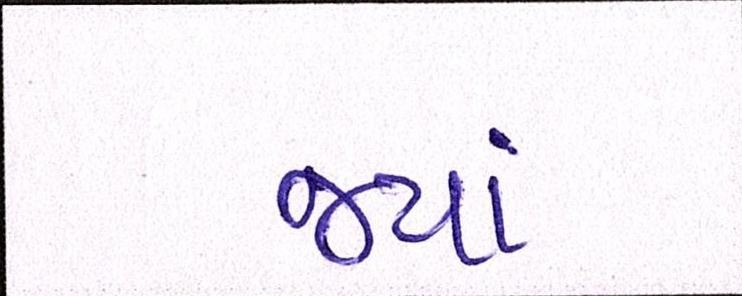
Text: જ્યાં